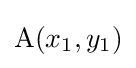
\mathrm {A} (x_{1},y_{1})